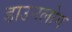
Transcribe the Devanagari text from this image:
डाउनलोग